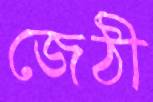
জেঠী